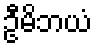
ဦမိဘယံ